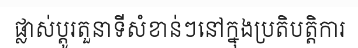
ផ្លាស់ប្តូរតួនាទីសំខាន់ៗនៅក្នុងប្រតិបត្តិការ